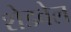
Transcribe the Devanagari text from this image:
शेडवेल